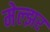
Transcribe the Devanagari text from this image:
मेल्झर